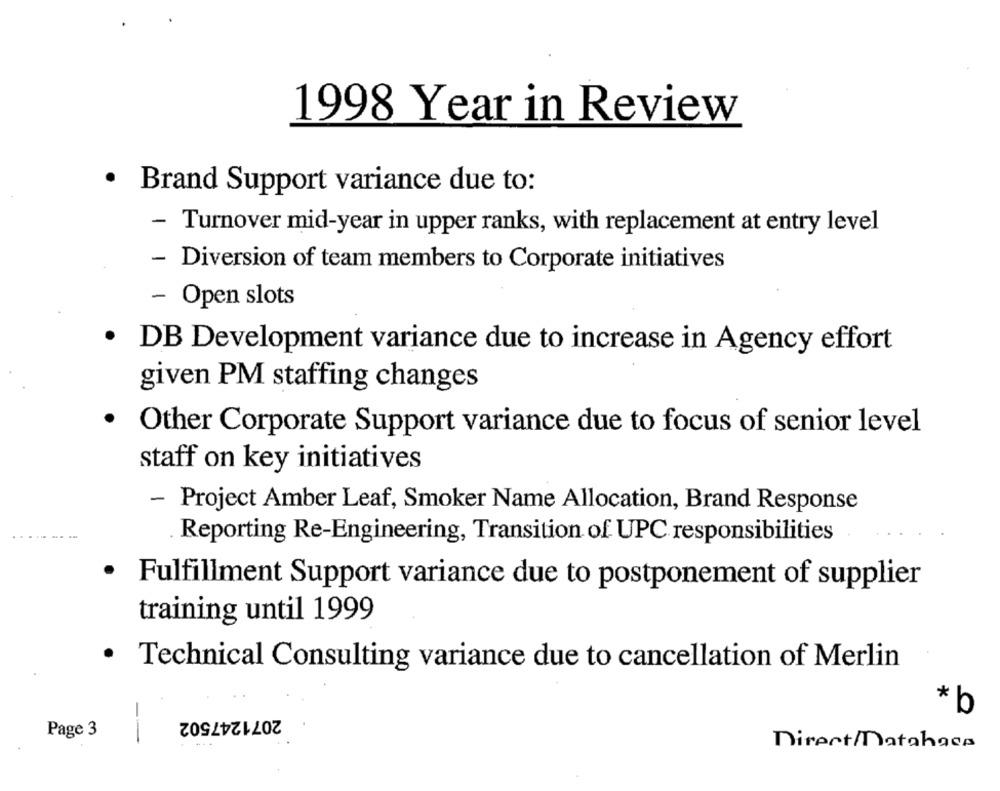
1998 Year in Review
· Brand Support variance due to:
- Turnover mid-year in upper ranks, with replacement at entry level
- Diversion of team members to Corporate initiatives
- Open slots
DB Development variance due to increase in Agency effort
given PM staffing changes
· Other Corporate Support variance due to focus of senior level
staff on key initiatives
- Project Amber Leaf, Smoker Name Allocation, Brand Response
Reporting Re-Engineering, Transition of UPC responsibilities
· Fulfillment Support variance due to postponement of supplier
training until 1999
.
Technical Consulting variance due to cancellation of Merlin
* b
2071247502
Page 3
--
DirectMatahasa